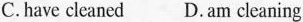
C.have cleaned D.Am cleaning